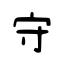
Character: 守